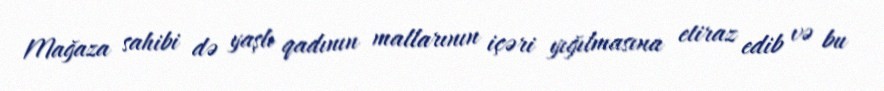
Mağaza sahibi də yaşlı qadının mallarının içəri yığılmasına etiraz edib və bu